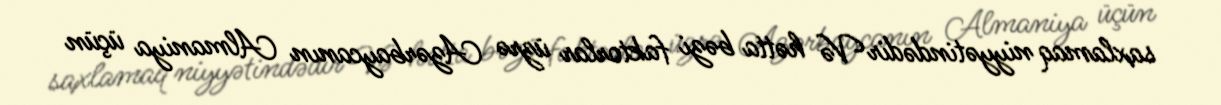
saxlamaq niyyətindədir Və hətta bəzi faktorlar üzrə Azərbaycanın Almaniya üçün